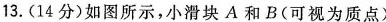
13. (14分)如图所示，小滑块A和B(可视为质点)